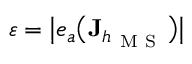
\varepsilon = \big | e _ { a } \big ( \mathbf { J } _ { h _ { \mathrm { ~ M ~ S ~ } } } \big ) \big |